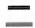
二